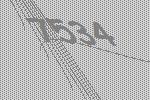
7534